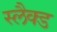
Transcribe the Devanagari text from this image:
स्लैक्ड